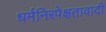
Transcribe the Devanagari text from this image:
धर्मनिरपेक्षतावादी